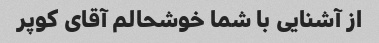
از آشنایی با شما خوشحالم آقای کوپر